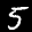
Label: 5